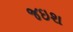
જઇશ